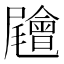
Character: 𡳳